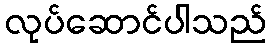
လုပ်ဆောင်ပါသည်